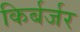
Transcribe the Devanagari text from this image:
किर्बर्जर